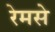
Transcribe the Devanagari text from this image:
रेमसे